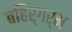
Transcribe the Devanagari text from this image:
बहिर्गर्भ